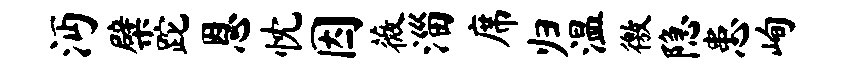
沔檗跎恩忱因薇淄席归温徼隐患峋